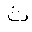
Letter: _tha